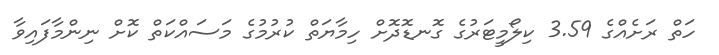
ހަތް ރަށެއްގެ 3.59 ކިލޯމީޓަރުގެ ގޮނޑޮދޮށް ހިމާޔަތް ކުރުމުގެ މަސައްކަތް ކޮށް ނިންމާފައިވާ